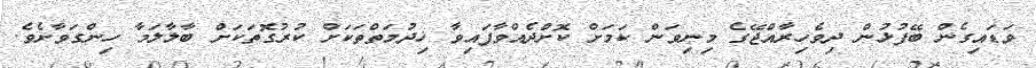
ވަޑައިގެން ބޭފުޅުން ދިވެހިރާއްޖޭގެ މިނިވަން ކަމަށް ކޮށްދެއްވާފައިވާ ޚިދުމަތްތަކަށް ކުރުގޮތަކަށް ބާލާލަމާ ހިންގަވާށެވެ.